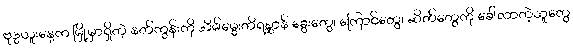
ဗုဒ္ဓဟူးနေ့က မြို့မှာရှိတဲ့ နတ်ကွန်းကို အိမ်မွေးတိရစ္ဆာန် ခွေးတွေ၊ ကြောင်တွေ၊ ဆိတ်တွေကို ခေါ်လာတဲ့သူတွေ